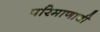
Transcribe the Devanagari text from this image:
परिमाणाची